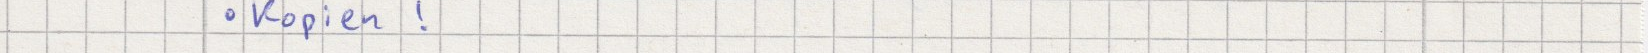
Kopien!